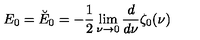
E _ { 0 } = \breve { E } _ { 0 } = - \frac 1 2 \lim _ { \nu \rightarrow 0 } { \frac { d } { d \nu } } \zeta _ { 0 } ( \nu )